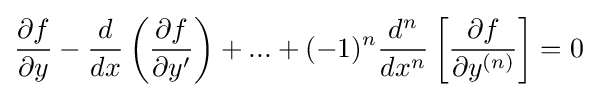
{\frac {\partial f}{\partial y}}-{\frac {d}{dx}}\left({\frac {\partial f}{\partial y'}}\right)+...+(-1)^{n}{\frac {d^{n}}{dx^{n}}}\left[{\frac {\partial f}{\partial y^{(n)}}}\right]=0